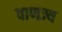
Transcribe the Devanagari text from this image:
वाणज्य